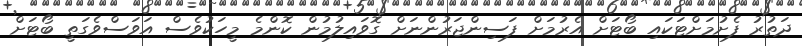
ދަތުރު ފެށުމަށްޓަކައި ބޯޓަށް އެރުމަށް ފަސިންޖަރުންނަށް ގޮވައިލުމުން ކޮންމެ މީހަކުވެސް އަވަސްވެގަތީ ބޯޓަށް